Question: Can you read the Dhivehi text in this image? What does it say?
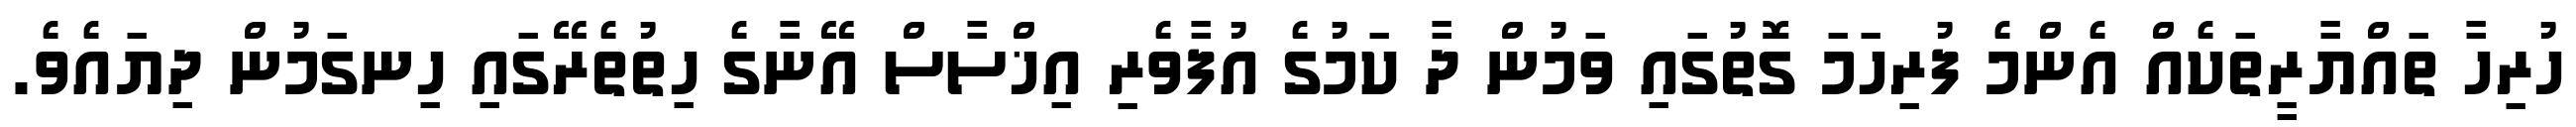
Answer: ހުރިހާ ތައްޔާރީތަކެއް އެންމެ ފުރިހަމަ ގޮތުގައި ވަމުން ދާ ކަމުގެ އުފާވެރި އިޚްސާސް އޭނާގެ ހިތުތެރޭގައި ހިނގަމުން ދިޔައެވެ.